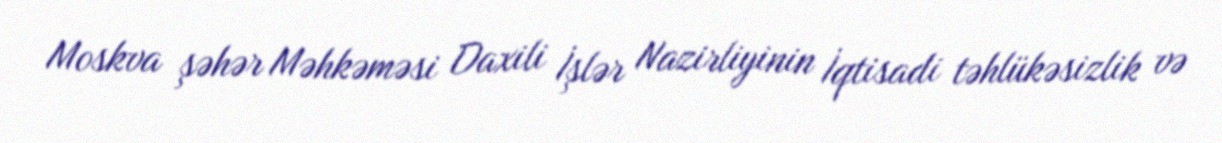
Moskva şəhər Məhkəməsi Daxili İşlər Nazirliyinin İqtisadi təhlükəsizlik və